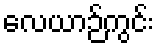
လေယာဉ်ကွင်း